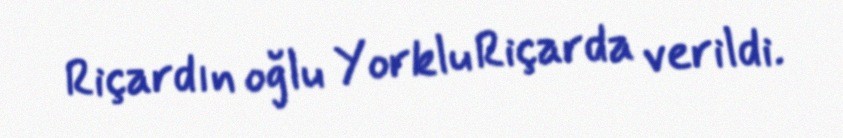
Riçardın oğlu Yorklu Riçarda verildi.